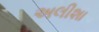
અલીશા